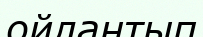
ойлантып